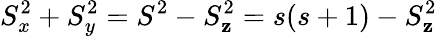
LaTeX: S_{x}^{2}+S_{y}^{2}=S^{2}-S_{\mathbf{z}}^{2}=s(s+1)-S_{\mathbf{z}}^{2}